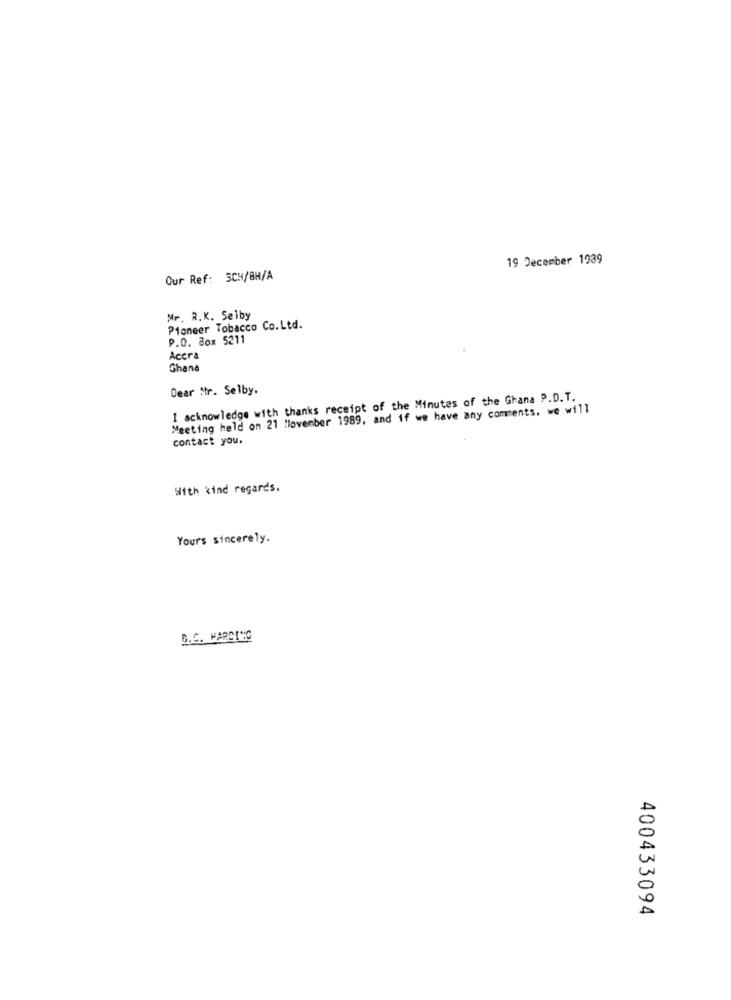
19 December 1939
Our Ref: 304/8H/A
Mr. R.K. Selby
Pioneer Tobacco Co.Ltd.
P.O. Box 5211
Accra
Ghana
Dear Mr. Selby.
I acknowledge with thanks receipt of the Minutes of the Ghana P.D.T.
Meeting held on 21 November 1989. and if we have any comments. we will
contact you.
With kind regards,
Yours sincerely.
B.C. MARDINC
400433094